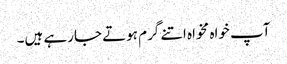
آپ خواہ مخواہ اتنے گرم ہوتے جارہے ہیں۔